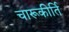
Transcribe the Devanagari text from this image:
चारूकीर्ति